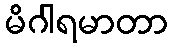
မိဂါရမာတာ